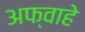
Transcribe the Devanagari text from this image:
अफ्वाहे